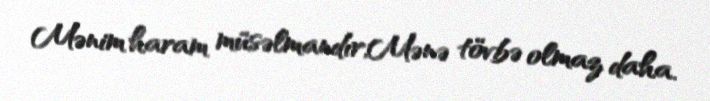
Mənim haram müsəlmandır,Mənə tövbə olmaz daha.